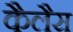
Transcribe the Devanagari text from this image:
कैलैस